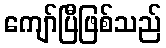
ကျော်ပြီဖြစ်သည်